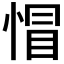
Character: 𢝌